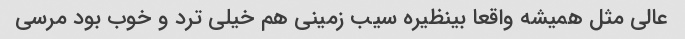
عالی مثل همیشه واقعا بینظیره سیب زمینی هم خیلی ترد و خوب بود مرسی